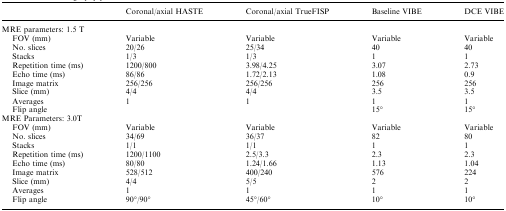
|  | Coronal/axial HASTE | Coronal/axial TrueFISP | Baseline VIBE | DCE VIBE |
 | --- | --- | --- | --- | --- |
 | <COLSPAN=5> MRE parameters: 1.5 T |
 | FOV (mm) | Variable | Variable | Variable | Variable |
 | No. slices | 20/26 | 25/34 | 40 | 40 |
 | Stacks | 1/3 | 1/3 | 1 | 1 |
 | Repetition time (ms) | 1200/800 | 3.98/4.25 | 3.07 | 2.73 |
 | Echo time (ms) | 86/86 | 1.72/2.13 | 1.08 | 0.9 |
 | Image matrix | 256/256 | 256/256 | 256 | 256 |
 | Slice (mm) | 4/4 | 4/4 | 3.5 | 3.5 |
 | Averages | 1 | 1 | 1 | 1 |
 | Flip angle |  |  | 15° | 15° |
 | <COLSPAN=5> MRE Parameters: 3.0T |
 | FOV (mm) | Variable | Variable | Variable | Variable |
 | No. slices | 34/69 | 36/37 | 82 | 80 |
 | Stacks | 1/1 | 1/1 | 1 | 1 |
 | Repetition time (ms) | 1200/1100 | 2.5/3.3 | 2.3 | 2.3 |
 | Echo time (ms) | 80/80 | 1.24/1.66 | 1.13 | 1.04 |
 | Image matrix | 528/512 | 400/240 | 576 | 224 |
 | Slice (mm) | 4/4 | 5/5 | 2 | 2 |
 | Averages | 1 | 1 | 1 | 1 |
 | Flip angle | 90°/90° | 45°/60° | 10° | 10° |